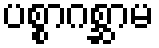
ပစ္စာဂစ္ဆာမ